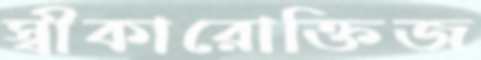
স্বীকারোক্তিজ